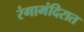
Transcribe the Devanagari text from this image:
रंगामंदिरात